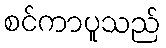
စင်ကာပူသည်